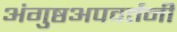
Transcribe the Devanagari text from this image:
अंगुष्ठअपवर्तनी